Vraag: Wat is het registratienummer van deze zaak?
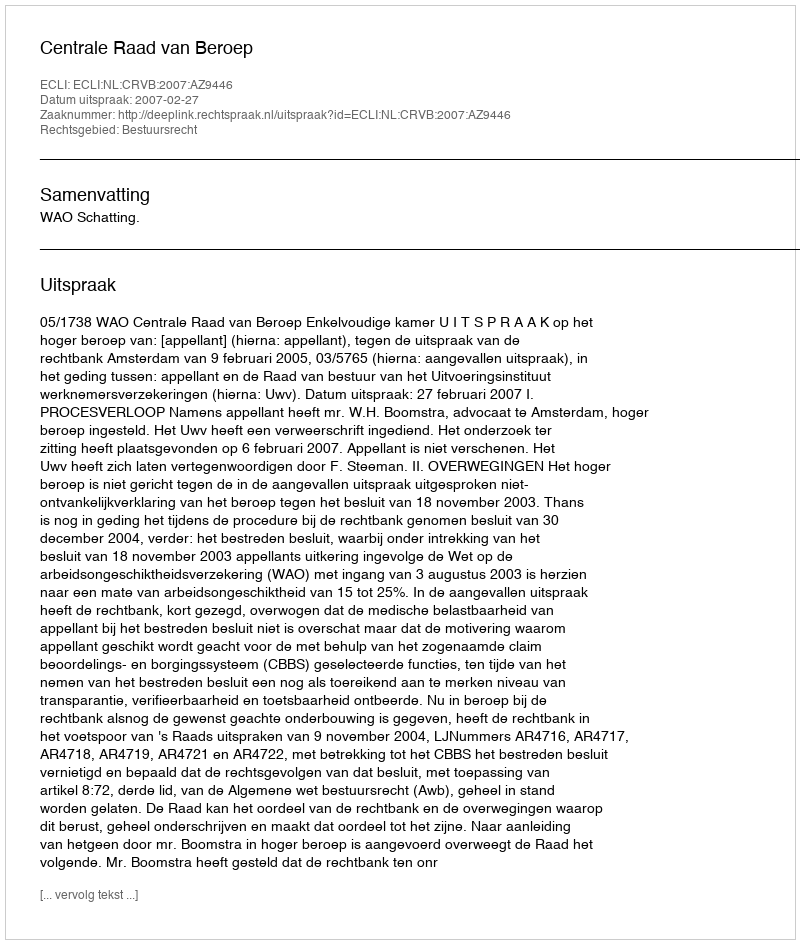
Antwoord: http://deeplink.rechtspraak.nl/uitspraak?id=ECLI:NL:CRVB:2007:AZ9446